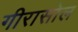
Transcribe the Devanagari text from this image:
गीरासोल